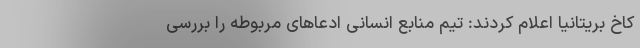
کاخ بریتانیا اعلام کردند: تیم منابع انسانی ادعاهای مربوطه را بررسی